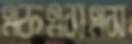
এফএসএস